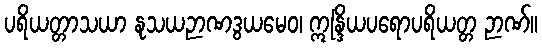
ပရိယတ္တာသယာ နုသယဉာဏဒွယမေဝ၊ ဣန္ဒြိယပရောပရိယတ္တ ဉာဏ်။